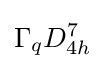
\Gamma _{q}D_{4h}^{7}